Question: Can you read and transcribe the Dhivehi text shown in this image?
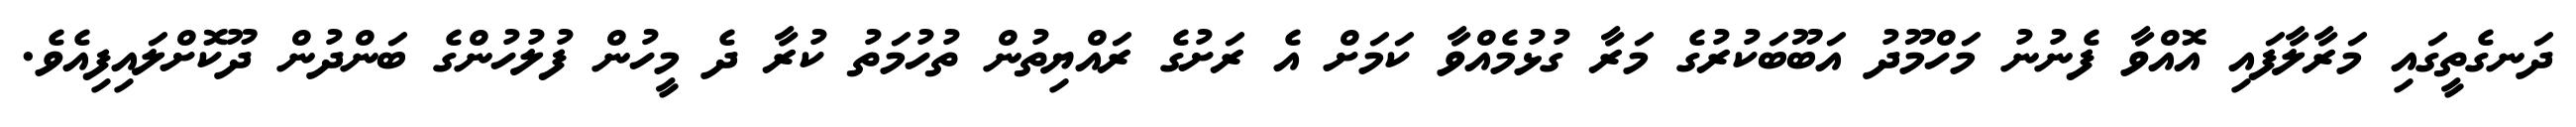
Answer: ދަނގެތީގައި މަރާލާފައި އޮއްވާ ފެނުނު މަހްމޫދު އަބޫބަކުރުގެ މަރާ ގުޅުމެއްވާ ކަމަށް އެ ރަށުގެ ރައްޔިތުން ތުހުމަތު ކުރާ ދެ މީހުން ފުލުހުންގެ ބަންދުން ދޫކޮށްލައިފިއެވެ.